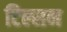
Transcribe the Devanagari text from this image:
टिल्सन